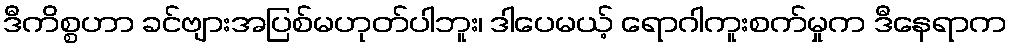
ဒီကိစ္စဟာ ခင်ဗျားအပြစ်မဟုတ်ပါဘူး၊ ဒါပေမယ့် ရောဂါကူးစက်မှုက ဒီနေရာက